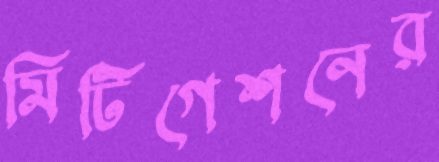
মিটিগেশনের